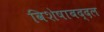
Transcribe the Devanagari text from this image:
विशेषाबद्दल